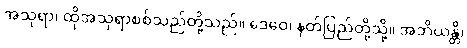
အသုရာ၊ ထိုအသုရာစစ်သည်တို့သည်။ ဒေဝေ၊ နတ်ပြည်တို့သို့။ အဘိယန္တိ၊